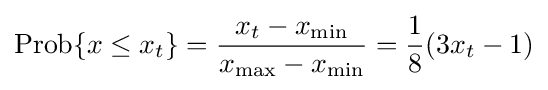
\operatorname {Prob} \{x\leq x_{t}\}={\frac {x_{t}-x_{\mathrm {min} }}{x_{\mathrm {max} }-x_{\mathrm {min} }}}={\frac {1}{8}}(3x_{t}-1)